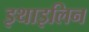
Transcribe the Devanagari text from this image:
इथाइलिन